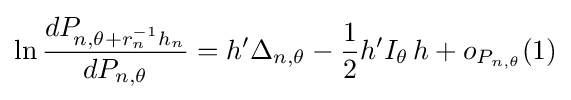
\ln {\frac {dP_{\!n,\theta +r_{n}^{-1}h_{n}}}{dP_{n,\theta }}}=h'\Delta _{n,\theta }-{\frac {1}{2}}h'I_{\theta }\,h+o_{P_{n,\theta }}(1)